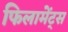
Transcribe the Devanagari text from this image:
फिलामेंट्स